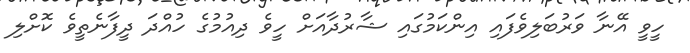
ހީވީ އޭނާ ވަރުބަލިވެފައި އިންކަމުގައި ޝާރުދާއަށް ހީވެ ދިއުމުގެ ހުއްދަ ދީފާނެތީވެ ކޮށްލި